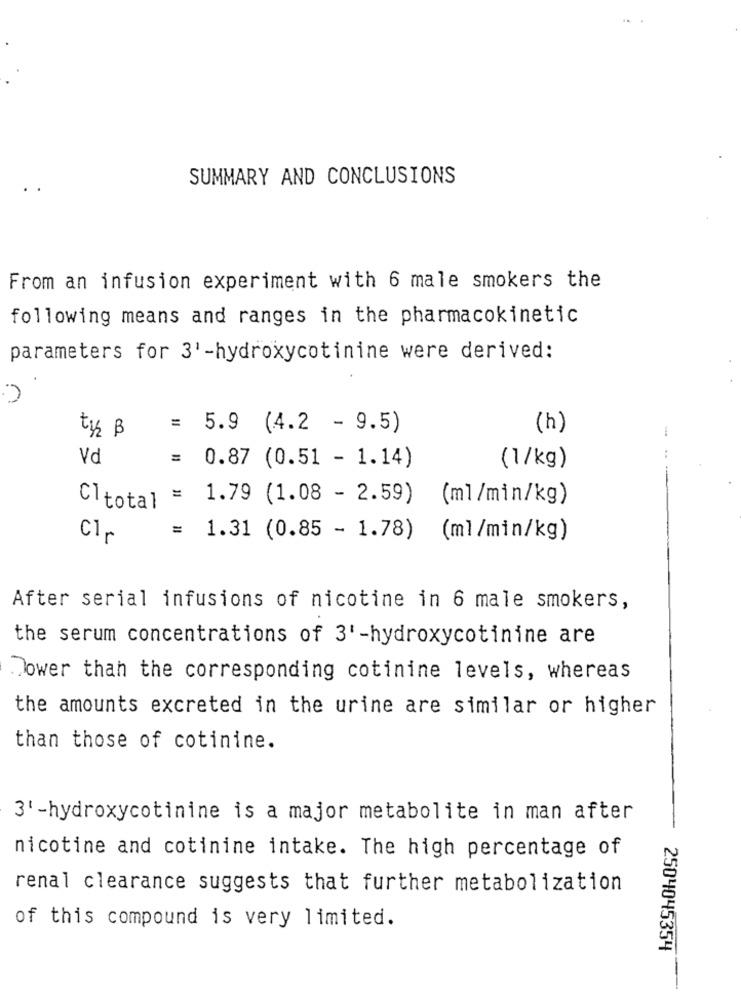
SUMMARY AND CONCLUSIONS
From an infusion experiment with 6 male smokers the
following means and ranges in the pharmacokinetic
parameters for 3' -hydroxycotinine were derived:
= 5.9 (4.2 - 9.5)
(h)
ty B
Vd
= 0.87 (0.51 - 1.14)
(1/kg)
Cltotal = 1.79 (1.08 - 2.59) (ml/min/kg)
Clr
= 1.31 (0.85 - 1.78) (ml/min/kg)
After serial infusions of nicotine in 6 male smokers,
the serum concentrations of 3' -hydroxycotinine are
Dower than the corresponding cotinine levels, whereas
the amounts excreted in the urine are similar or higher
than those of cotinine.
3'-hydroxycotinine is a major metabolite in man after
nicotine and cotinine intake. The high percentage of
renal clearance suggests that further metabolization
of this compound is very limited.
2504045354